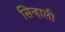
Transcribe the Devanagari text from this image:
सिन्हाली